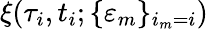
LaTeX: \xi(\tau_{i},t_{i};\{ \varepsilon_{m}\} _{i_{m}=i})